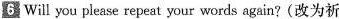
6 Will you please repeat your words again?(改为祈